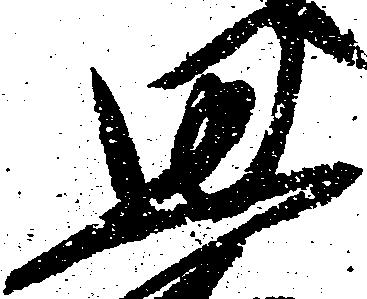
思